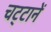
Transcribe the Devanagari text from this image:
चट्‍टानें